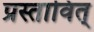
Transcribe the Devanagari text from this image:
प्रस्तावित्